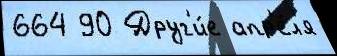
664 90 Друг'и́е апр'е́л'я